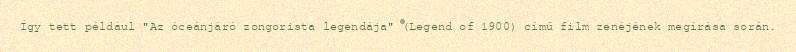
Így tett például "Az óceánjáró zongorista legendája" (Legend of 1900) című film zenéjének megírása során.